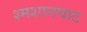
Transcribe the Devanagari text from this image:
श्मशानघाट